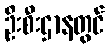
ဦးစီးဌာနတွင်